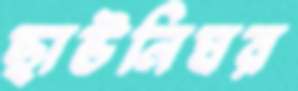
ছাউনিঘর